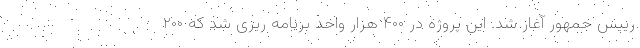
رییس جمهور آغاز شد. این پروژه در ۴۰۰ هزار واحد برنامه ریزی شد که ۲۰۰